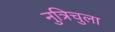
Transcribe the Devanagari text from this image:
नुत्रिचुला